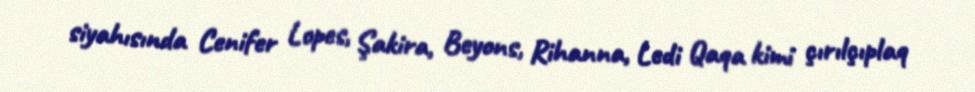
siyahısında Cenifer Lopes, Şakira, Beyons, Rihanna, Ledi Qaqa kimi çırılçıplaq